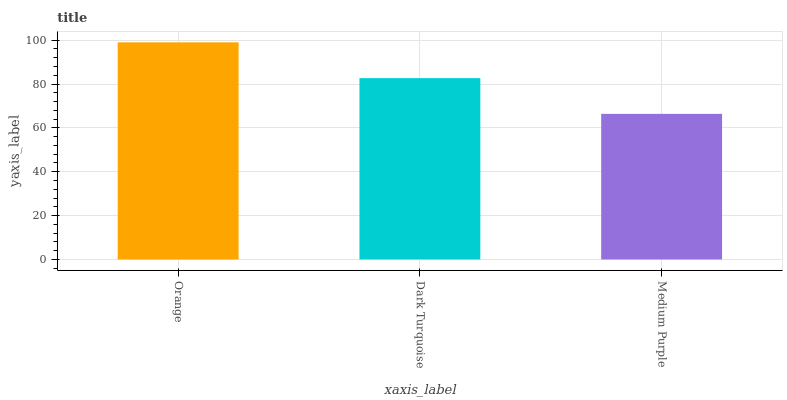
| xaxis_label | bars |
 | --- | --- |
 | Orange | 99 |
 | Dark Turquoise | 82.7 |
 | Medium Purple | 66.4 |